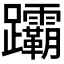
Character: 𬧞